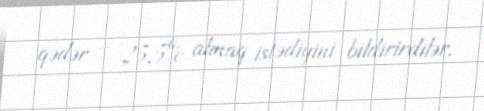
qədər – 25,5% almaq istədiyini bildirirdilər.